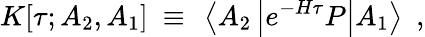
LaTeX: K[\tau;A_{2},A_{1}]~\equiv~\left<A_{2}\left|e^{-H\tau}P\right|A_{1}\right>~~,